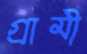
গ্রামী